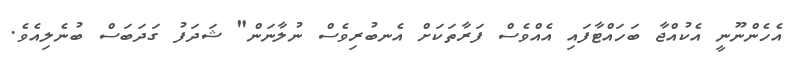
އެހެންނޫނީ އެކުއްޖާ ބަހައްޓާފައި އެއްވެސް ފަރާތަކަށް އެނބުރިވެސް ނުލާނަން" ޝަދަފު ގަދަބަސް ބުނެލިއެވެ.